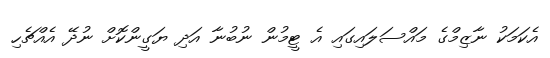
އެކަމަކު ނާޒިމްގެ މައްސަލައިގައި އެ ޓީމުން ނުބުނާ އަދި ޔަގީންކޮށް ނުދޭ އެއްޗެހި